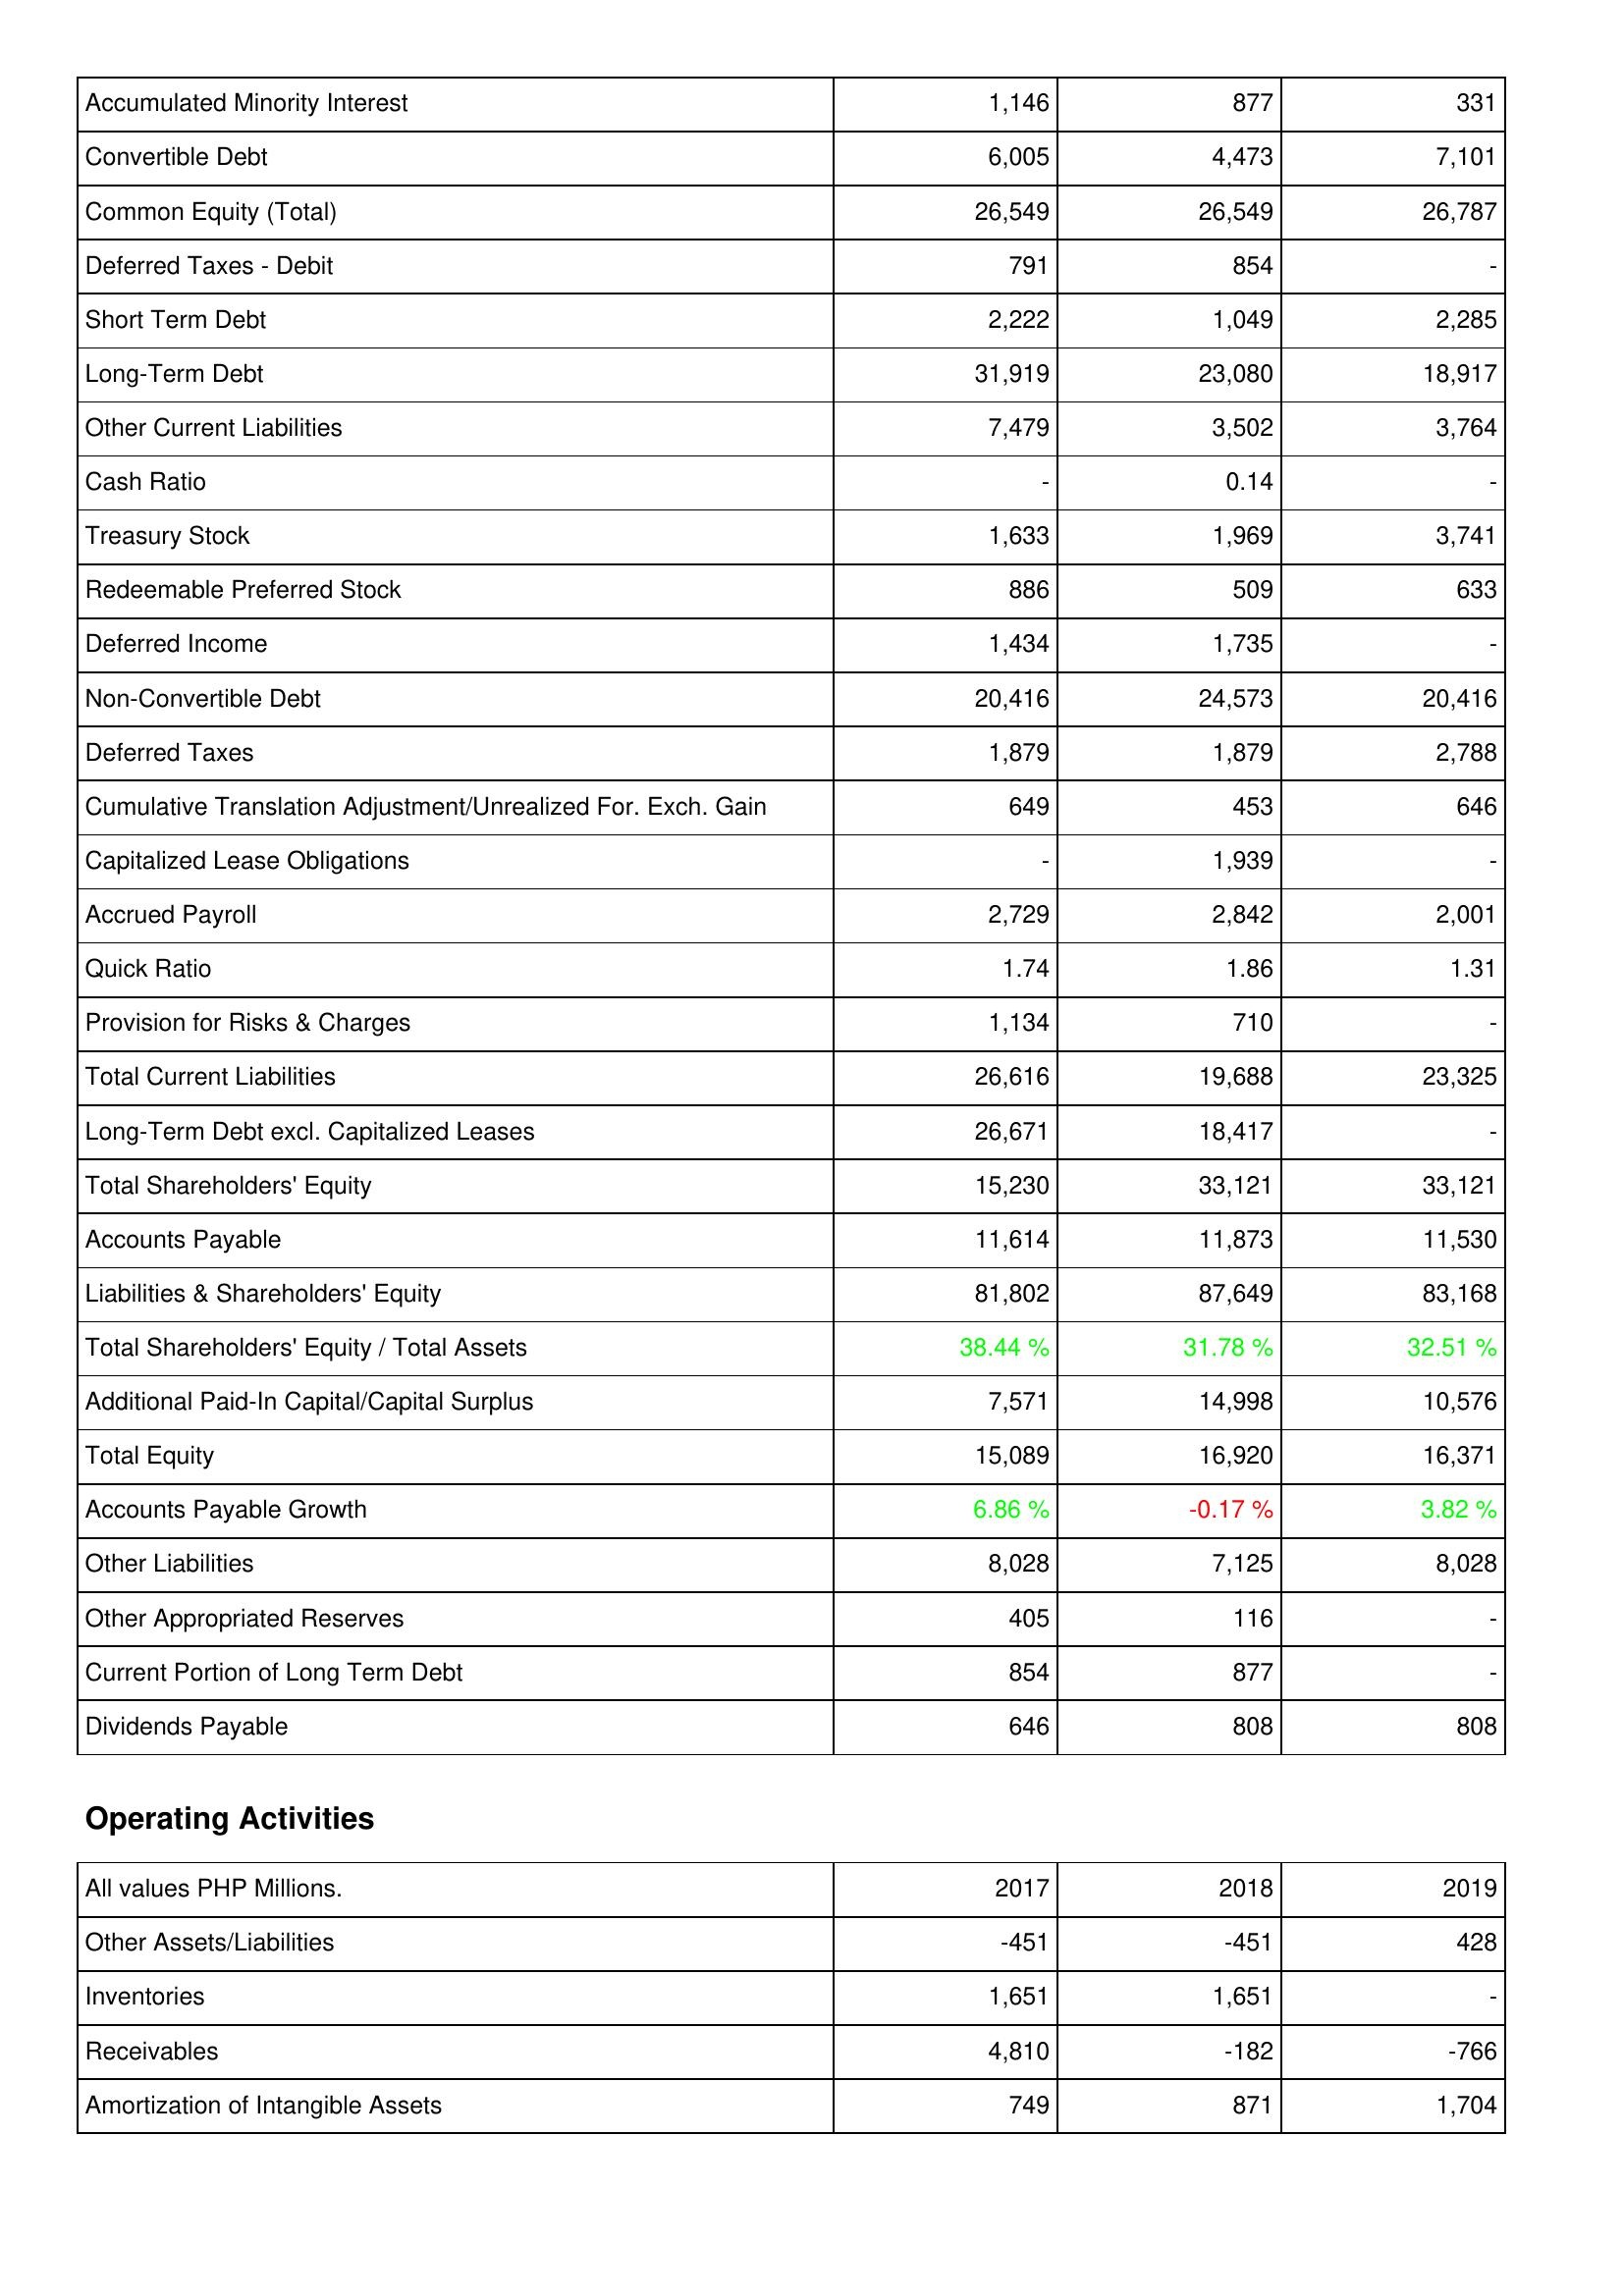
2017: Liabilities & Shareholders' Equity: Accumulated Minority Interest: 1,146
Convertible Debt: 6,005
Common Equity (Total): 26,549
Deferred Taxes - Debit: 791
Short Term Debt: 2,222
Long-Term Debt: 31,919
Other Current Liabilities: 7,479
Cash Ratio: -
Treasury Stock: 1,633
Redeemable Preferred Stock: 886
Deferred Income: 1,434
Non-Convertible Debt: 20,416
Deferred Taxes: 1,879
Cumulative Translation Adjustment/Unrealized For. Exch. Gain: 649
Capitalized Lease Obligations: -
Accrued Payroll: 2,729
Quick Ratio: 1.74
Provision for Risks & Charges: 1,134
Total Current Liabilities: 26,616
Long-Term Debt excl. Capitalized Leases: 26,671
Total Shareholders' Equity: 15,230
Accounts Payable: 11,614
Liabilities & Shareholders' Equity: 81,802
Total Shareholders' Equity / Total Assets: 38.44 %
Additional Paid-In Capital/Capital Surplus: 7,571
Total Equity: 15,089
Accounts Payable Growth: 6.86 %
Other Liabilities: 8,028
Other Appropriated Reserves: 405
Current Portion of Long Term Debt: 854
Dividends Payable: 646
Operating Activities: Other Assets/Liabilities: -451
Inventories: 1,651
Receivables: 4,810
Amortization of Intangible Assets: 749
2018: Liabilities & Shareholders' Equity: Accumulated Minority Interest: 877
Convertible Debt: 4,473
Common Equity (Total): 26,549
Deferred Taxes - Debit: 854
Short Term Debt: 1,049
Long-Term Debt: 23,080
Other Current Liabilities: 3,502
Cash Ratio: 0.14
Treasury Stock: 1,969
Redeemable Preferred Stock: 509
Deferred Income: 1,735
Non-Convertible Debt: 24,573
Deferred Taxes: 1,879
Cumulative Translation Adjustment/Unrealized For. Exch. Gain: 453
Capitalized Lease Obligations: 1,939
Accrued Payroll: 2,842
Quick Ratio: 1.86
Provision for Risks & Charges: 710
Total Current Liabilities: 19,688
Long-Term Debt excl. Capitalized Leases: 18,417
Total Shareholders' Equity: 33,121
Accounts Payable: 11,873
Liabilities & Shareholders' Equity: 87,649
Total Shareholders' Equity / Total Assets: 31.78 %
Additional Paid-In Capital/Capital Surplus: 14,998
Total Equity: 16,920
Accounts Payable Growth: -0.17 %
Other Liabilities: 7,125
Other Appropriated Reserves: 116
Current Portion of Long Term Debt: 877
Dividends Payable: 808
Operating Activities: Other Assets/Liabilities: -451
Inventories: 1,651
Receivables: -182
Amortization of Intangible Assets: 871
2019: Liabilities & Shareholders' Equity: Accumulated Minority Interest: 331
Convertible Debt: 7,101
Common Equity (Total): 26,787
Deferred Taxes - Debit: -
Short Term Debt: 2,285
Long-Term Debt: 18,917
Other Current Liabilities: 3,764
Cash Ratio: -
Treasury Stock: 3,741
Redeemable Preferred Stock: 633
Deferred Income: -
Non-Convertible Debt: 20,416
Deferred Taxes: 2,788
Cumulative Translation Adjustment/Unrealized For. Exch. Gain: 646
Capitalized Lease Obligations: -
Accrued Payroll: 2,001
Quick Ratio: 1.31
Provision for Risks & Charges: -
Total Current Liabilities: 23,325
Long-Term Debt excl. Capitalized Leases: -
Total Shareholders' Equity: 33,121
Accounts Payable: 11,530
Liabilities & Shareholders' Equity: 83,168
Total Shareholders' Equity / Total Assets: 32.51 %
Additional Paid-In Capital/Capital Surplus: 10,576
Total Equity: 16,371
Accounts Payable Growth: 3.82 %
Other Liabilities: 8,028
Other Appropriated Reserves: -
Current Portion of Long Term Debt: -
Dividends Payable: 808
Operating Activities: Other Assets/Liabilities: 428
Inventories: -
Receivables: -766
Amortization of Intangible Assets: 1,704